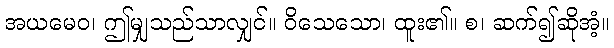
အယမေဝ၊ ဤမျှသည်သာလျှင်။ ဝိသေသော၊ ထူး၏။ စ၊ ဆက်၍ဆိုအံ့။